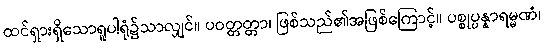
ထင်ရှားရှိသောရူပါရုံ၌သာလျှင်။ ပဝတ္တတ္တာ၊ ဖြစ်သည်၏အဖြစ်ကြောင့်။ ပစ္စုပ္ပန္နာရမ္မဏံ၊